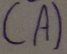
Text: (A)